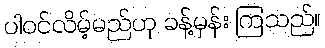
ပါဝင်လိမ့်မည်ဟု ခန့်မှန်း ကြသည်။